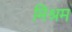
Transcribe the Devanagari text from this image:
मिश्रम